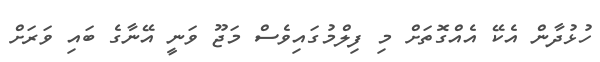
ހުޅުދާން އެކޭ އެއްގޮތަށް މި ފިލްމުގައިވެސް މަޖޫ ވަނީ އޭނާގެ ބައި ވަރަށް